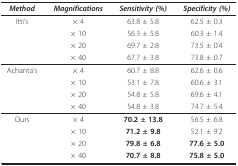
| Method | Magnifications | Sensitivity (%) | Specificity (%) |
 | --- | --- | --- | --- |
 | Itti's | × 4 | 63.8 ± 5.8 | 62.5 ± 0.3 |
 |  | × 10 | 56.3 ± 5.8 | 60.3 ± 1.4 |
 |  | × 20 | 69.7 ± 2.8 | 73.5 ± 0.4 |
 |  | × 40 | 67.7 ± 3.8 | 73.8 ± 0.7 |
 | Achanta's | × 4 | 60.7 ± 8.8 | 62.6 ± 0.6 |
 |  | × 10 | 53.1 ± 7.8 | 60.6 ± 3.1 |
 |  | × 20 | 54.8 ± 5.8 | 69.6 ± 4.1 |
 |  | × 40 | 54.8 ± 3.8 | 74.7 ± 5.4 |
 | Ours | × 4 | 70.2 ± 13.8 | 56.5 ± 6.8 |
 |  | × 10 | 71.2 ± 9.8 | 52.1 ± 9.2 |
 |  | × 20 | 79.8 ± 6.8 | 77.6 ± 5.0 |
 |  | × 40 | 70.7 ± 8.8 | 75.8 ± 5.0 |